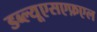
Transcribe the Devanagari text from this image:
डब्ल्यूएसएफ़एल